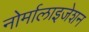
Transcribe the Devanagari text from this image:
नोर्मालाइजेशन